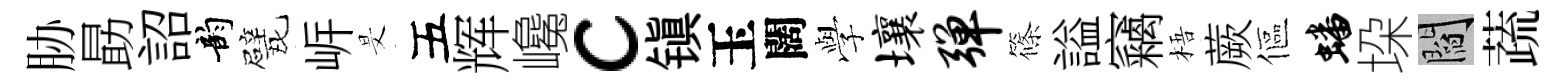
胁勗詔韵戏㟁旻五辉巉c镇玉闊𫝯壤弹篠謚竊梧蕨傴蟠垜閻蔬